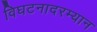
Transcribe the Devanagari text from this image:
विघटनादरम्यान